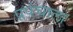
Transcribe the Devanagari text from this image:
प्रपंचाला